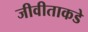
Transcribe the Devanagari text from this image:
जीवीताकडे